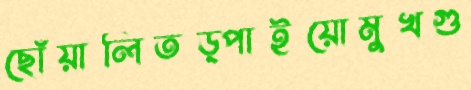
ছোঁয়ালিতড়্‌পাইয়োমুখগু